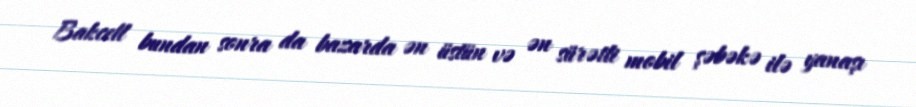
Bakcell bundan sonra da bazarda ən üstün və ən sürətli mobil şəbəkə ilə yanaşı